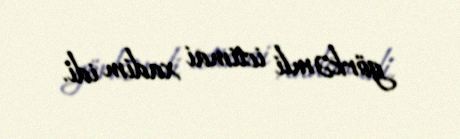
görkəmli ictimai xadim idi.